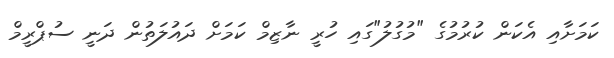
ކަމަށާއިި އެކަން ކުރުމުގެ "މުގުލު"ގައި ހުރީ ނާޒިމް ކަމަށް ދައުލަތުން ދަނީ ސުޕްރީމް